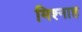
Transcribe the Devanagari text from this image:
मिश्नाह